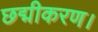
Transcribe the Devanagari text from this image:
छद्मीकरण।